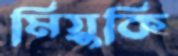
মিয়ুকি